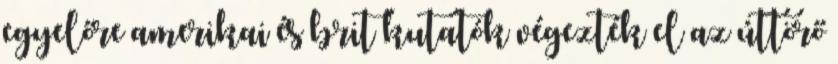
egyelőre amerikai és brit kutatók végezték el az úttörő